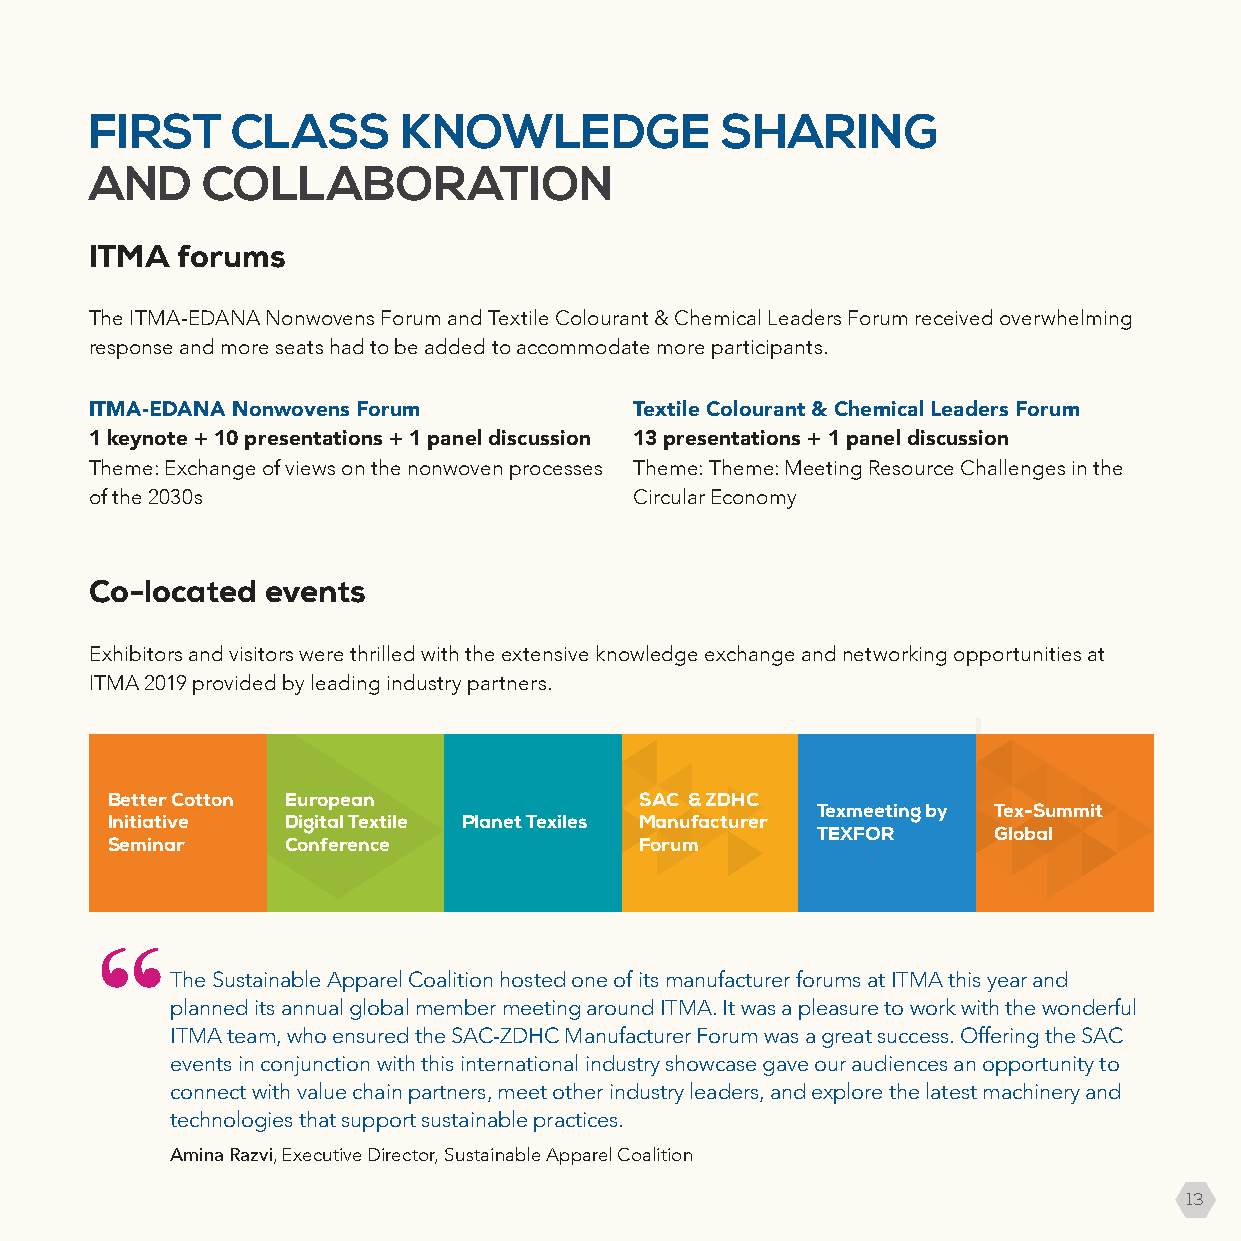
FIRST    CLASS       KNOWLEDGE            SHARING
 AND    COLLABORATION
 ITMA  forums
 The ITMA-EDANA Nonwovens Forum and Textile Colourant & Chemical Leaders Forum received overwhelming
 response and more seats had to be added to accommodate more participants.
 ITMA-EDANA Nonwovens Forum          Textile Colourant & Chemical Leaders Forum
 1 keynote + 10 presentations + 1 panel discussion 13 presentations + 1 panel discussion
 Theme: Exchange of views on the nonwoven processes Theme: Theme: Meeting Resource Challenges in the
 of the 2030s                        Circular Economy
 Co-located  events
 Exhibitors and visitors were thrilled with the extensive knowledge exchange and networking opportunities at
 ITMA 2019 provided by leading industry partners.
 Better Cotton European             SAC & ZDHC
 Texmeeting by Tex-Summit
 Initiative  Digital Textile Planet Texiles Manufacturer
 TEXFOR      Global
 Seminar     Conference             Forum
 The Sustainable Apparel Coalition hosted one of its manufacturer forums at ITMA this year and
 planned its annual global member meeting around ITMA. It was a pleasure to work with the wonderful
 ITMA team, who ensured the SAC-ZDHC Manufacturer Forum was a great success. Offering the SAC
 events in conjunction with this international industry showcase gave our audiences an opportunity to
 connect with value chain partners, meet other industry leaders, and explore the latest machinery and
 technologies that support sustainable practices.
 Amina Razvi, Executive Director, Sustainable Apparel Coalition
 13